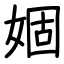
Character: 婟